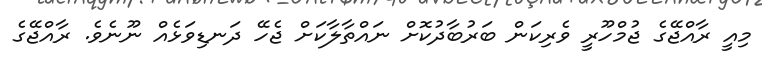
މިއީ ރާއްޖޭގެ ޖުމްހޫރީ ވެރިކަން ބަރުބާދުކޮށް ނައްތާލާކަށް ޖެހޭ ދަނޑިވަޅެއް ނޫނެވެ. ރާއްޖޭގެ